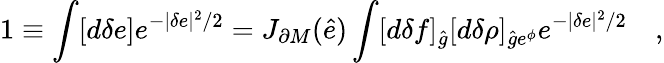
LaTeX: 1\equiv\int[d\delta e]e^{-|\delta e|^{2}/2}=J_{\partial M}(\hat{e})\int[d\delta f]_{\hat{g}}[d\delta\rho]_{{\hat{g}}e^{\phi}}e^{-|\delta e|^{2}/2}\quad,